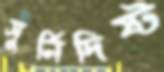
সুর্নিদিষ্ট